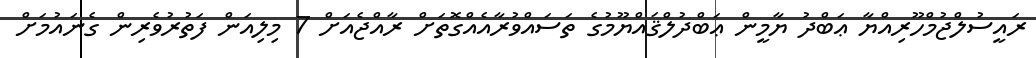
ރައީސުލްޖުމްހޫރިއްޔާ ޢަބްދު ޔާމީން ޢަބްދުލްޤައްޔޫމުގެ ތަސައްވުރާއެއްގޮތަށް ރާއްޖެއަށް 7 މިލިއަން ފަތުރުވެރިން ގެނައުމަށް